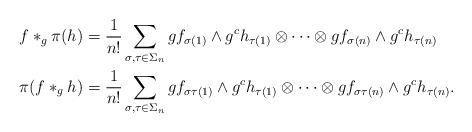
LaTeX: \begin{align*}f \ast_g \pi(h) &= \frac{1}{n!} \sum_{\sigma,\tau \in \Sigma_n} gf_{\sigma(1)} \wedge g^c h_{\tau(1)} \otimes \cdots \otimes g f_{\sigma(n)} \wedge g^c h_{\tau(n)}\\\pi(f \ast_g h) &= \frac{1}{n!} \sum_{\sigma,\tau \in \Sigma_n} gf_{\sigma\tau(1)} \wedge g^c h_{\tau(1)} \otimes \cdots \otimes gf_{\sigma\tau(n)} \wedge g^c h_{\tau(n)}.\end{align*}